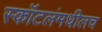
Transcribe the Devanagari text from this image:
स्कॉटलंमधीलच